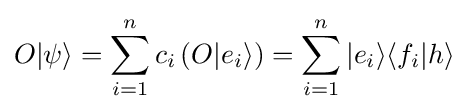
O|\psi \rangle =\sum _{i=1}^{n}c_{i}\left(O|e_{i}\rangle \right)=\sum _{i=1}^{n}|e_{i}\rangle \langle f_{i}|h\rangle